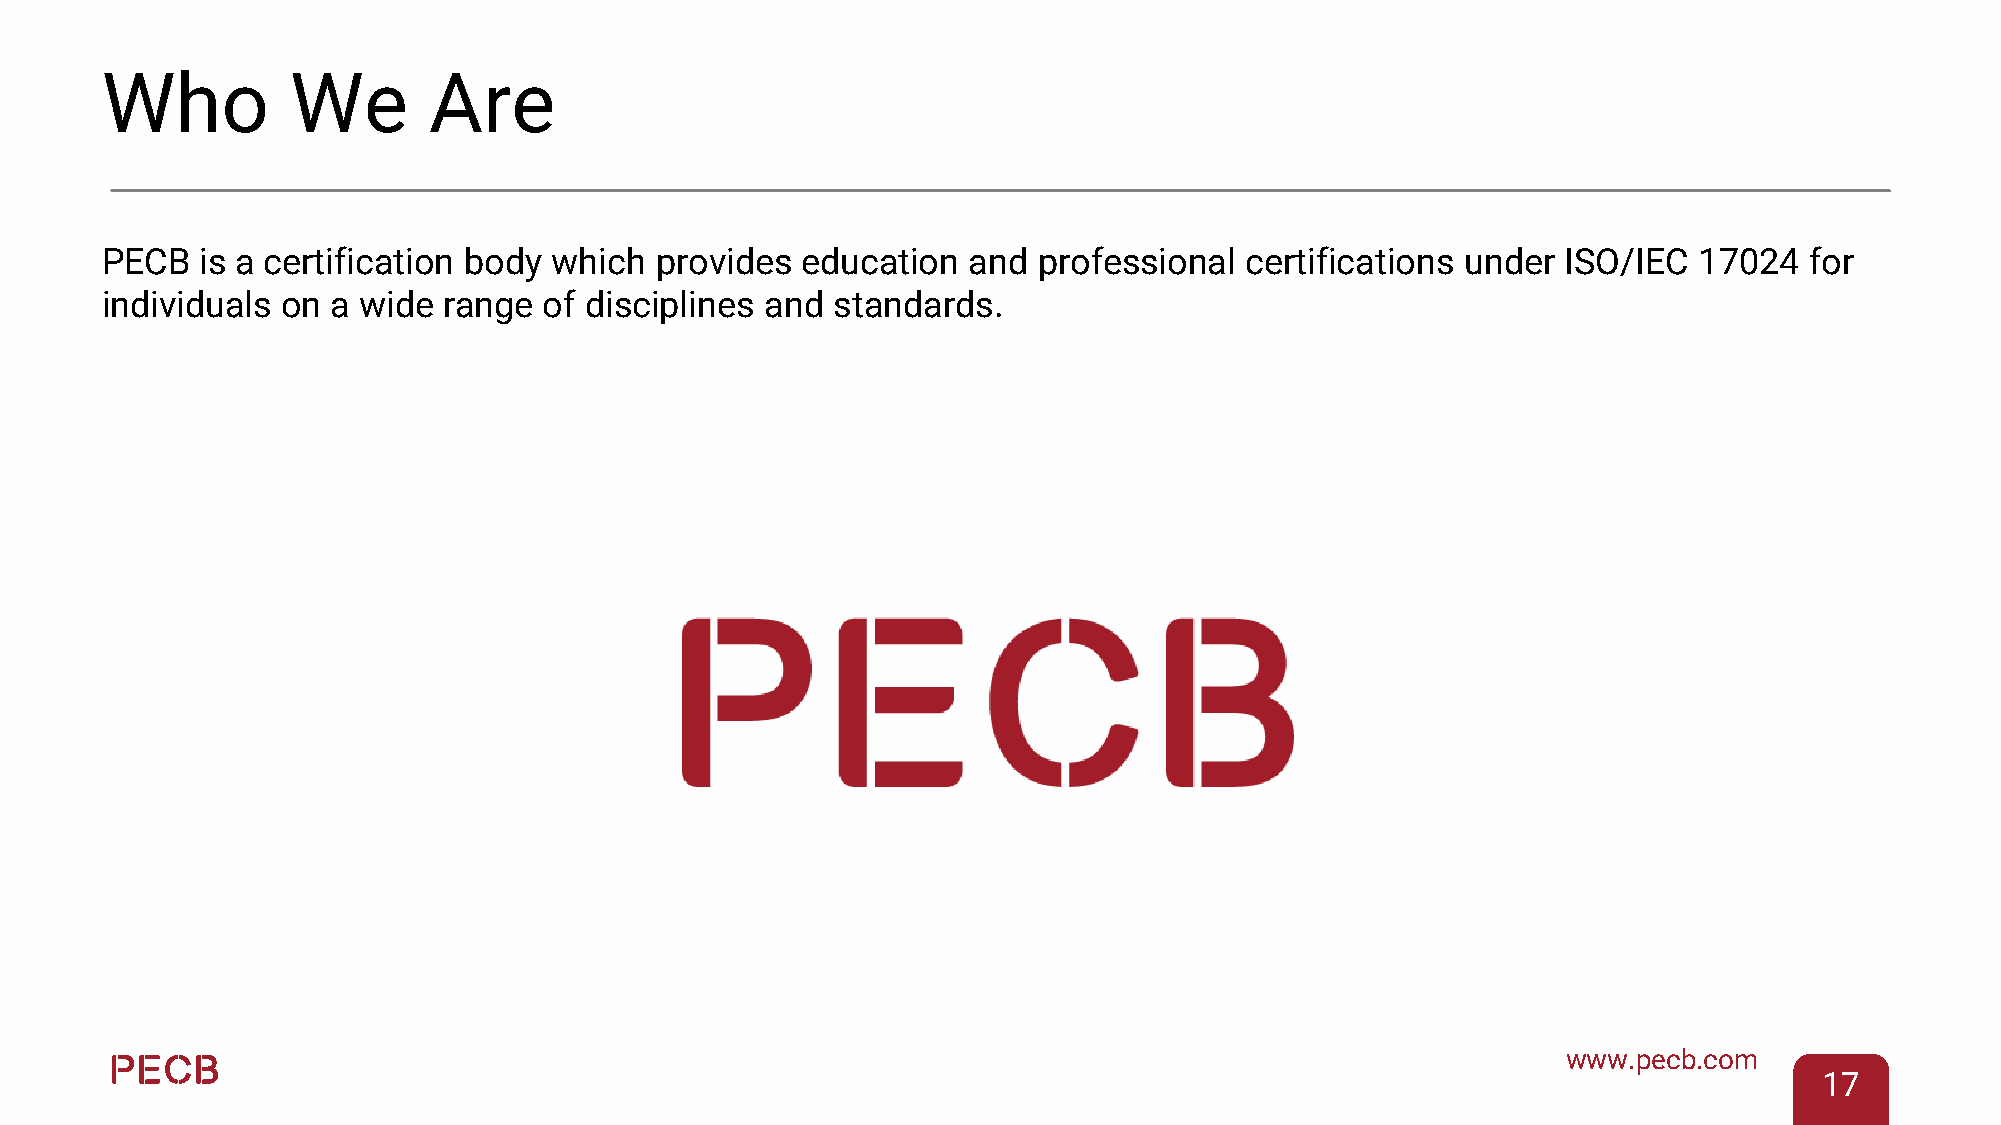
Who         We       Are
 PECB  is a certification body which provides  education  and  professional certifications under  ISO/IEC 17024   for
 individuals on a wide range  of disciplines and standards.
 www.pecb.com
 17